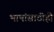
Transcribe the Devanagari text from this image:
भाषांसाठीही